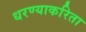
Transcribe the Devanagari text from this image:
धरण्याकरिता